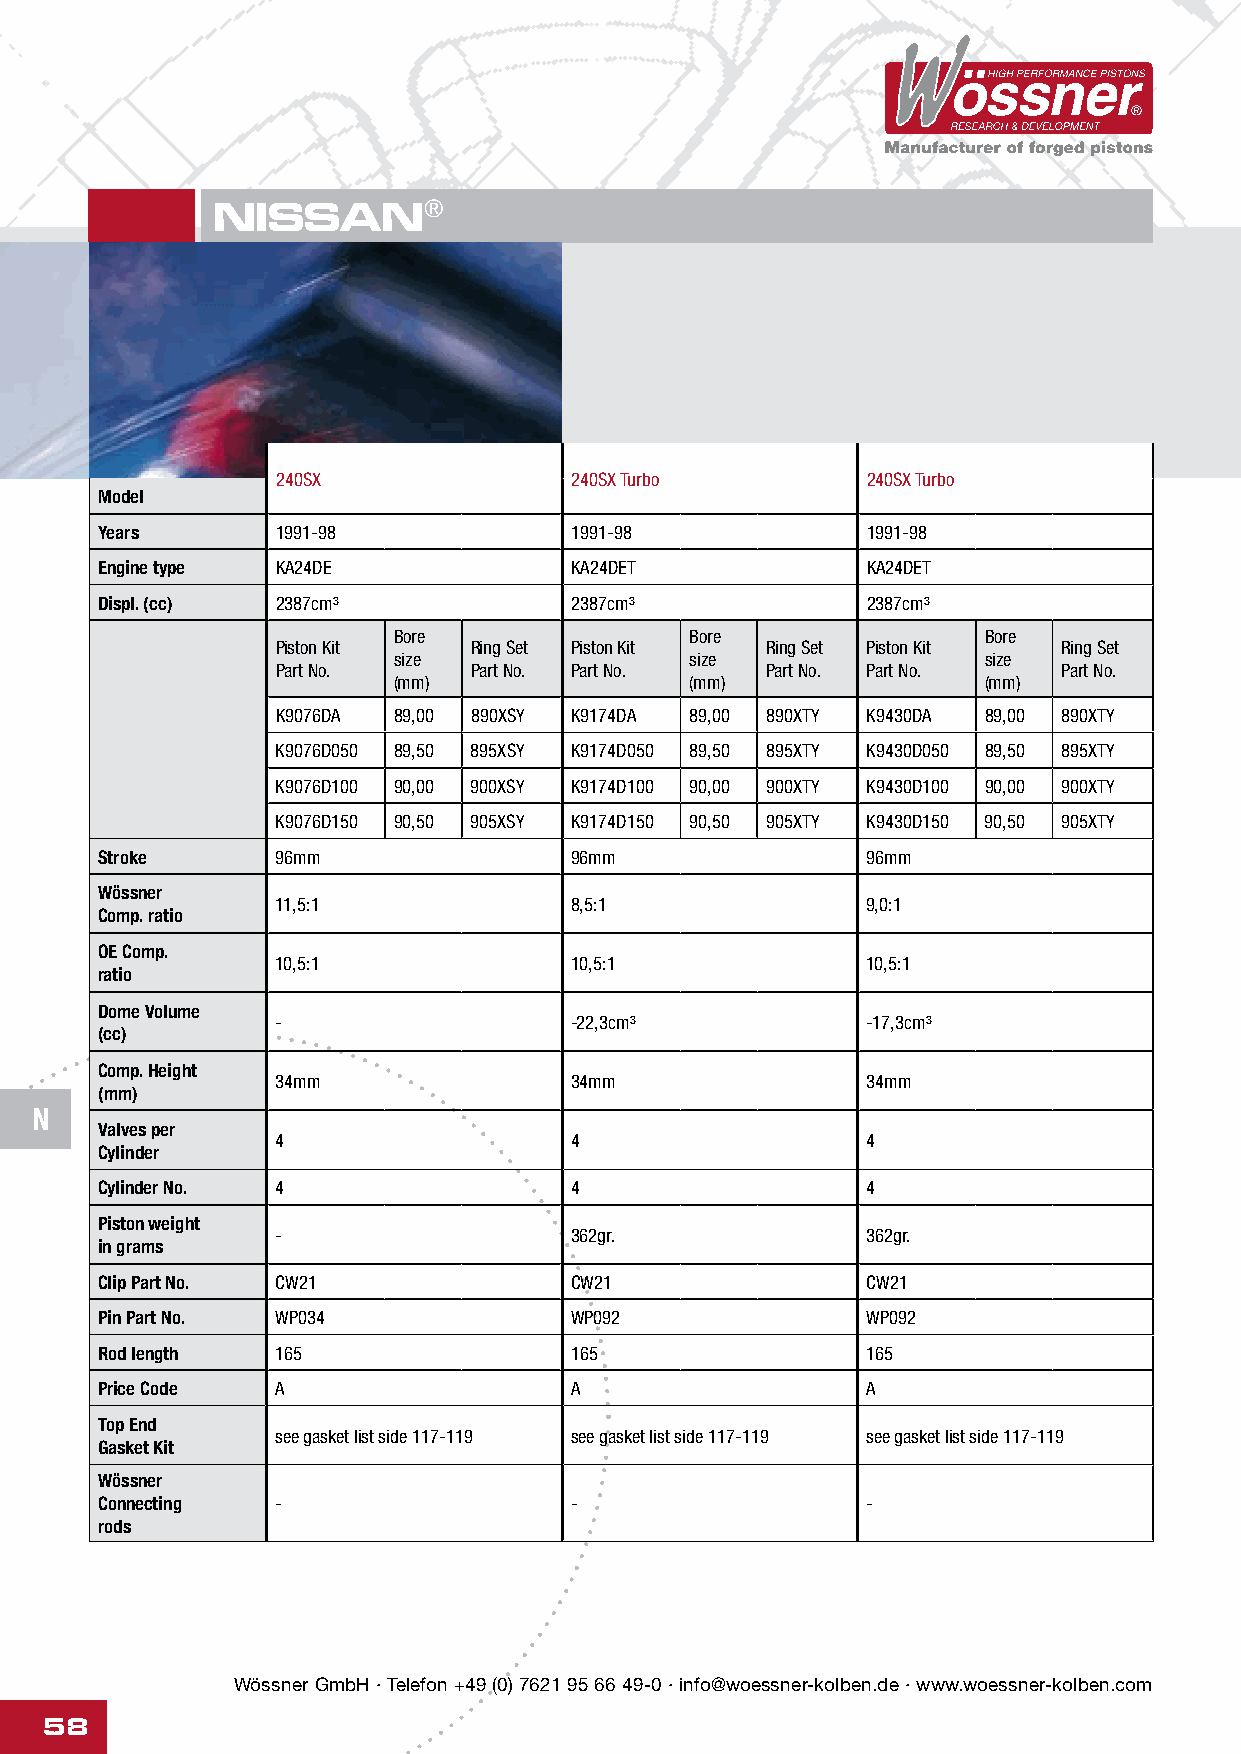
NISSAN®
 240SX               240SX Turbo        240SX Turbo
 Model
 Years      1991-98             1991-98            1991-98
 Engine type KA24DE             KA24DET            KA24DET
 Displ. (cc) 2387cm³            2387cm³            2387cm³
 Bore                Bore               Bore
 Piston Kit   Ring Set Piston Kit Ring Set Piston Kit Ring Set
 size                size               size
 Part No.     Part No. Part No.   Part No. Part No.  Part No.
 (mm)                (mm)               (mm)
 K9076DA 89,00 890XSY K9174DA 89,00 890XTY K9430DA 89,00 890XTY
 K9076D050 89,50 895XSY K9174D050 89,50 895XTY K9430D050 89,50 895XTY
 K9076D100 90,00 900XSY K9174D100 90,00 900XTY K9430D100 90,00 900XTY
 K9076D150 90,50 905XSY K9174D150 90,50 905XTY K9430D150 90,50 905XTY
 Stroke      96mm                96mm               96mm
 Wössner
 11,5:1              8,5:1              9,0:1
 Comp. ratio
 OE Comp.
 10,5:1              10,5:1             10,5:1
 ratio
 Dome Volume
 -                   -22,3cm³           -17,3cm³
 (cc)
 Comp. Height
 34mm                34mm               34mm
 (mm)
 N
 Valves per
 4                   4                  4
 Cylinder
 Cylinder No. 4                  4                  4
 Piston weight
 -                   362gr.             362gr.
 in grams
 Clip Part No. CW21              CW21               CW21
 Pin Part No. WP034              WP092              WP092
 Rod length  165                 165                165
 Price Code  A                   A                  A
 Top End
 see gasket list side 117-119 see gasket list side 117-119 see gasket list side 117-119
 Gasket Kit
 Wössner
 Connecting  -                   -                  -
 rods
 Wössner GmbH · Telefon +49 (0) 7621 95 66 49-0 · info@woessner-kolben.de · www.woessner-kolben.com
 58